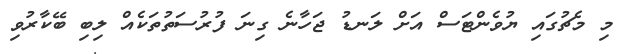
މި މެޗުގައި ޔުވެންޓަސް އަށް ލަނޑު ޖަހާނެ ގިނަ ފުރުސަތުތަކެއް ލިބި ބޭކާރުވި